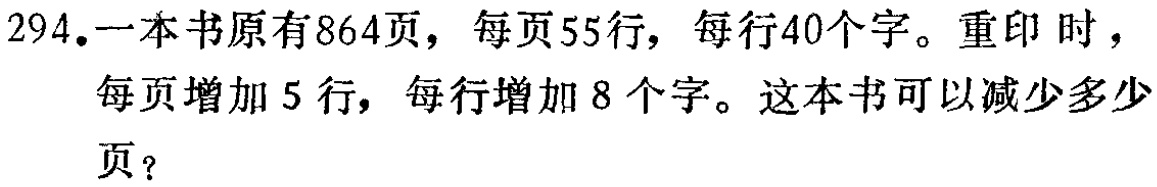
294.一本书原有864页，每页55行，每行40个字。重印时，每页增加5行，每行增加8个字。这本书可以减少多少页？